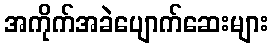
အကိုက်အခဲပျောက်ဆေးများ